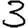
Digit: 3